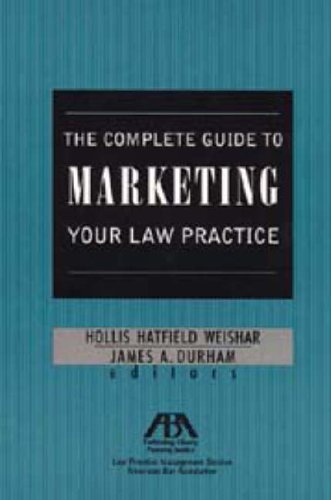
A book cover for The Complete Guide to Marketing Your Law Practice; Hollis Hatfield Weishar; Law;